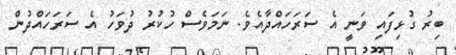
ބިރު ގުޅިފައި ވަނީ އެ ސަރަހައްދާއެވެ. ނަމަވެސް ހުކުރު ދުވަހު އެ ސަރަހައްދުން